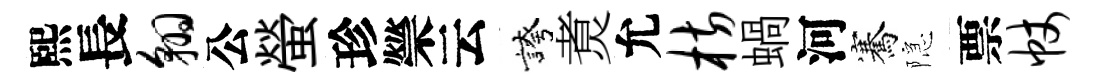
熙長翱公螢珍禜云誇煑允枋蝸河騫隠票帐